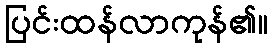
ပြင်းထန်လာကုန်၏။